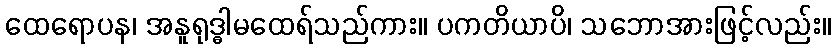
ထေရောပန၊ အနူရုဒ္ဓါမထေရ်သည်ကား။ ပကတိယာပိ၊ သဘောအားဖြင့်လည်း။